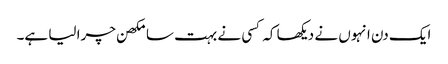
ایک دن انہوں نے دیکھا کہ کسی نے بہت سا مکھن چرا لیا ہے۔